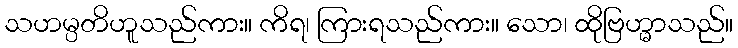
သဟမ္ပတိဟူသည်ကား။ ကိရ၊ ကြားရသည်ကား။ သော၊ ထိုဗြဟ္မာသည်။